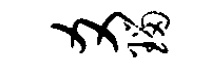
爻瑙